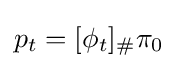
p_{t}=[\phi _{t}]_{\#}\pi _{0}